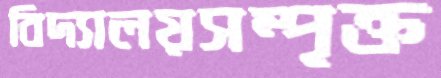
বিদ্যালয়সম্পৃক্ত